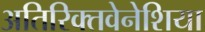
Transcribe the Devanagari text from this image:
अतिरिक्तवेनेशिया